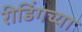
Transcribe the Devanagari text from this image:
रीडिंगच्या